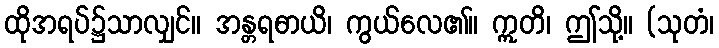
ထိုအရပ်၌သာလျှင်။ အန္တရဓာယိ၊ ကွယ်လေ၏။ ဣတိ၊ ဤသို့။ (သုတံ၊